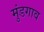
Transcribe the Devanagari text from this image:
मुंडगाव